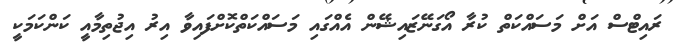
ރައިޓްސް އަށް މަސައްކަތް ކުރާ އޯގަނޭޒައިޝޭން އެއްގައި މަސައްކަތްކޮށްފައިވާ އިރު އިޖުތިމާއީ ކަންކަމަކީ